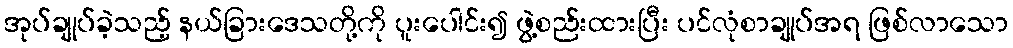
အုပ်ချုပ်ခဲ့သည့် နယ်ခြားဒေသတို့ကို ပူးပေါင်း၍ ဖွဲ့စည်းထားပြီး ပင်လုံစာချုပ်အရ ဖြစ်လာသော